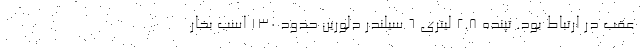
عقب در ارتباط بود. تپنده 2.8 لیتری 6 سیلندر دلورین حدود 130 اسب بخار